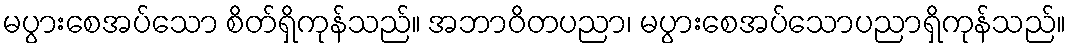
မပွားစေအပ်သော စိတ်ရှိကုန်သည်။ အဘာဝိတပညာ၊ မပွားစေအပ်သောပညာရှိကုန်သည်။